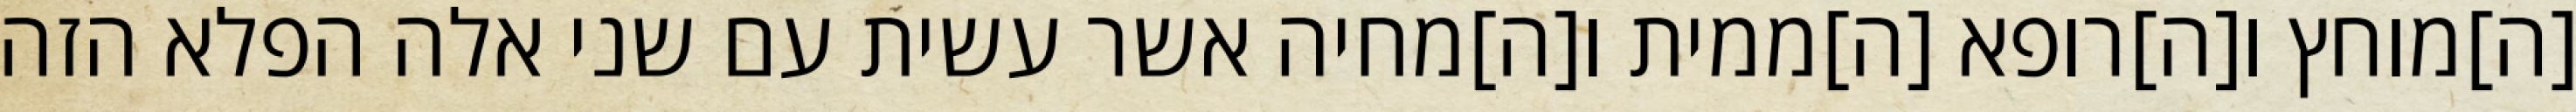
[ה]מוחץ ו[ה]רופא [ה]ממית ו[ה]מחיה אשר עשית עם שני אלה הפלא הזה